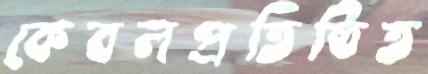
কেবলপ্রতিষ্ঠিত